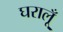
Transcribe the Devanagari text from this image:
घरालूँ